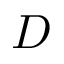
D